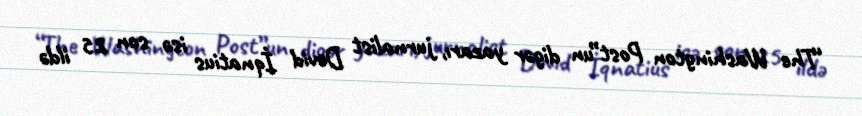
“The Washington Post”un digər yazarı, jurnalist Devid İqnatius isə son 25 ildə